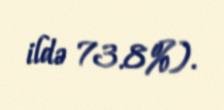
ildə 73.8%).